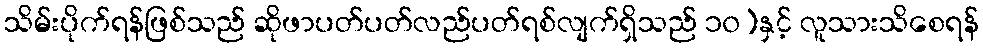
သိမ်းပိုက်ရန်ဖြစ်သည် ဆိုဖာပတ်ပတ်လည်ပတ်ရစ်လျက်ရှိသည် ၁၀)နှင့် လူသားသိစေရန်